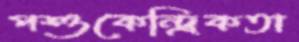
পশুকেন্দ্রিকতা